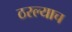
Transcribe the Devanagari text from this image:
ठरल्याच